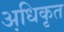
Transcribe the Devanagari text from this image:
अधि़कृत